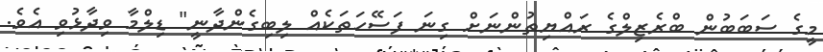
މީގެ ސަބަބުން ބްރެޒިލްގެ ރައްޔިތުންނަށް ގިނަ ފަސޭހަތަކެއް ލިބިގެންދާނީ" ޑިލްމާ ވިދާޅުވި އެވެ.